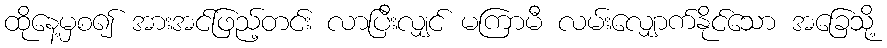
ထိုနေ့မှစ၍ အားအင်ဖြည့်တင်း လာပြီးလျှင် မကြာမီ လမ်းလျှောက်နိုင်သော အခြေသို့